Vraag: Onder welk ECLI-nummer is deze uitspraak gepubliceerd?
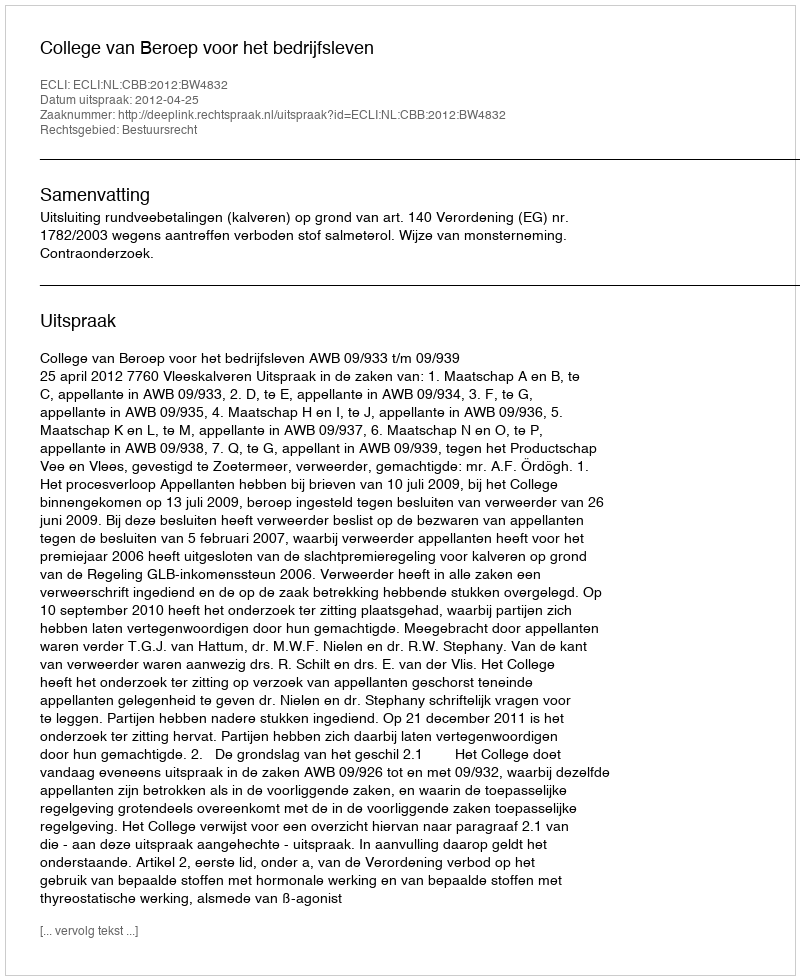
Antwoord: ECLI:NL:CBB:2012:BW4832